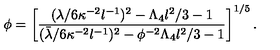
\phi = \left[ \frac { ( \lambda / 6 \kappa ^ { - 2 } l ^ { - 1 } ) ^ { 2 } - \Lambda _ { 4 } l ^ { 2 } / 3 - 1 } { ( \bar { \lambda } / 6 \kappa ^ { - 2 } l ^ { - 1 } ) ^ { 2 } - \phi ^ { - 2 } \Lambda _ { 4 } l ^ { 2 } / 3 - 1 } \right] ^ { 1 / 5 } .